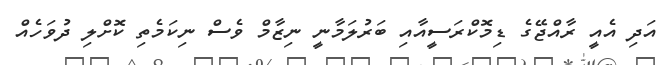
އަދި އެއީ ރާއްޖޭގެ ޑިމޮކްރަސީއާއި ބަރުލަމާނީ ނިޒާމް ވެސް ނިކަމެތި ކޮށްލި ދުވަހެއް